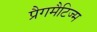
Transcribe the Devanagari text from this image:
प्रैगमैटिज्म